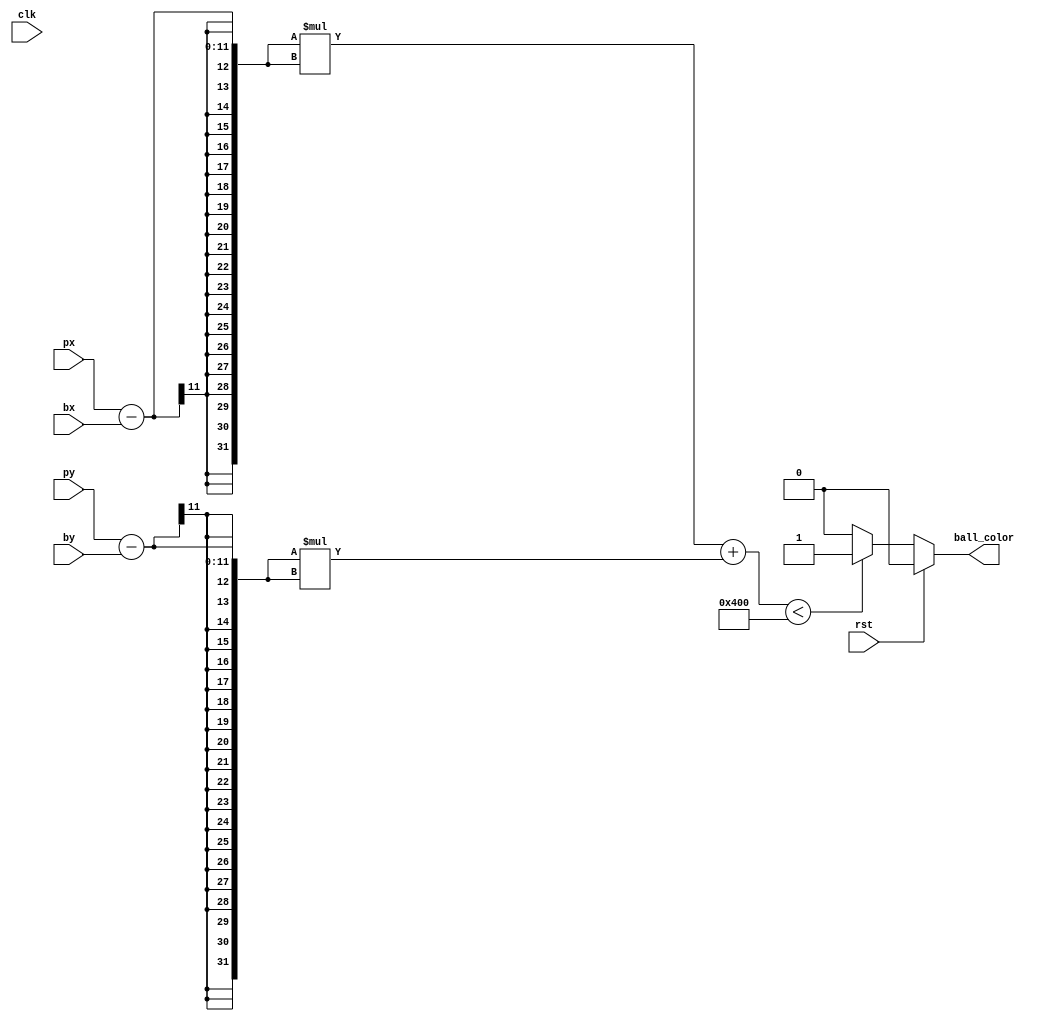
module bird_painter
  #(parameter RADIUS = 32)
    (input wire clk,
    input wire rst,
    input wire [10:0]  bx,
    input wire [10:0]  by,
    input wire [10:0]  px,
    input wire [10:0]  py,
    output wire        ball_color);

	wire ball; 
	 
   assign ball = (((px-bx)*(px-bx) + (py-by)*(py-by)) < (RADIUS*RADIUS)) ? 1'b1 : 1'b0;
	
	assign ball_color = rst ? 1'b0 : ball;

endmodule